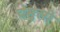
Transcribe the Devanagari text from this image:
चेमुली